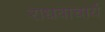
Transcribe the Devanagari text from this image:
राधवाचार्य